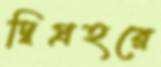
দ্বিপ্রহরে